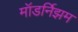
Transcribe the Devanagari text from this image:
मॉडर्निझम